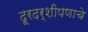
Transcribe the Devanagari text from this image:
दूरदर्शीपणाचे